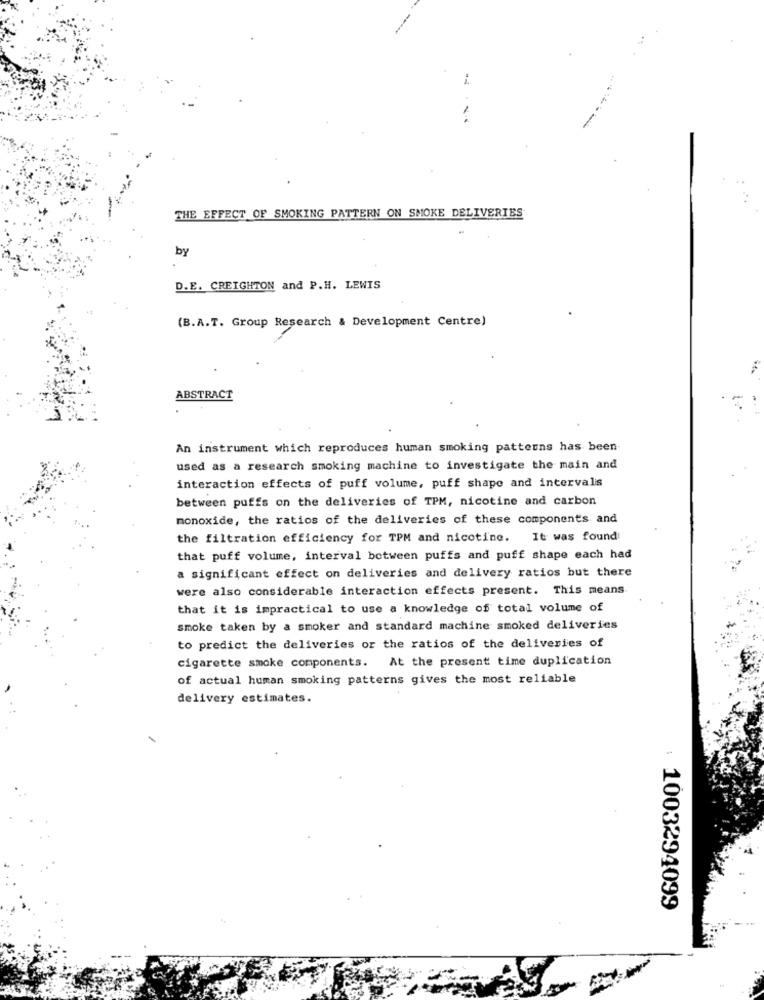
THE EFFECT OF SMOKING PATTERN ON SMOKE DELIVERIES
by
D.E. CREIGHTON and P.H. LEWIS
(B.A.T. Group Research & Development Centre)
ABSTRACT
An instrument which reproduces human smoking patterns has been
used as a research smoking machine to investigate the main and
interaction effects of puff volume, puff shape and intervalis
between puffs on the deliveries of TPM, nicotine and carbon
monoxide, the ratios of the deliveries of these components and
the filtration efficiency for TPM and nicotine. It was found
that puff volume, interval between puffs and puff shape each had
a significant effect on deliveries and delivery ratios but there
were also considerable interaction effects present. This means.
that it is impractical to use a knowledge of total volume of
smoke taken by a smoker and standard machine smoked deliveries
to predict the deliveries or the ratios of the deliveries of
cigarette smoke components.
At the present time duplication
of actual human smoking patterns gives the most reliable
delivery estimates.
: 1003294099